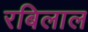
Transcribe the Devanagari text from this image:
रबिलाल